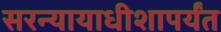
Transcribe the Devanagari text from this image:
सरन्यायाधीशापर्यंत